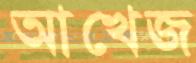
আখেজ